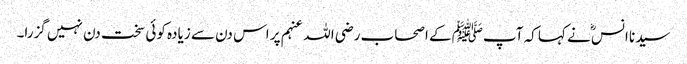
سیدنا انسؓ نے کہا کہ آپﷺ کے اصحاب رضی اللہ عنہم پر اس دن سے زیادہ کوئی سخت دن نہیں گزرا۔